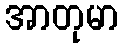
အာတုမာ